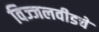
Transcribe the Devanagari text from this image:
विज्जलवीडचे